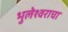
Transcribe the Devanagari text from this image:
भुलेश्वराचा